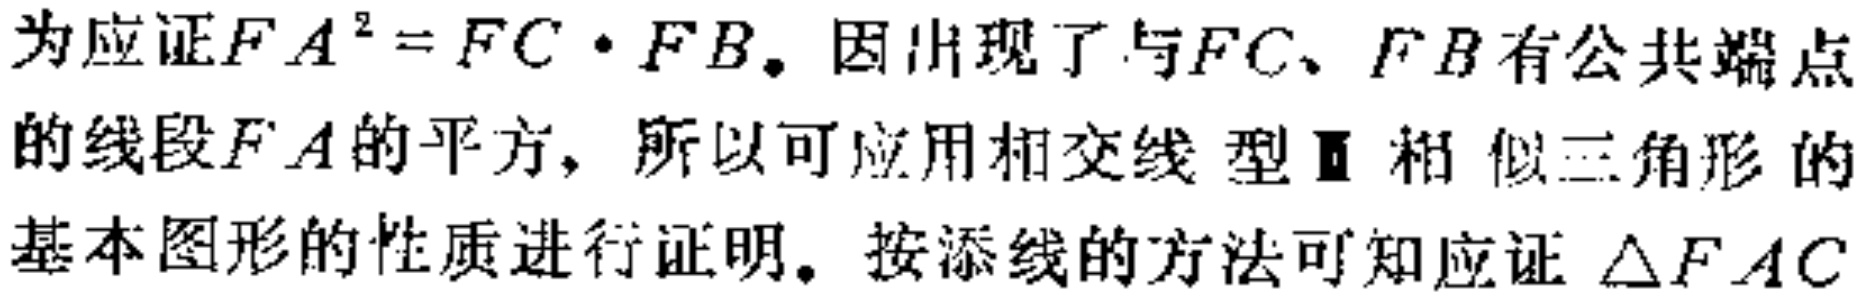
为应证\(FA^{2}=FC\cdot FB\)。因出现了与\(FC\)、\(FB\)有公共端点的线段\(FA\)的平方，所以可应用相交线型Ⅱ相似三角形的基本图形的性质进行证明。按添线的方法可知应证\(\triangle FAC\)